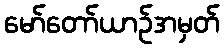
မော်တော်ယာဉ်အမှတ်